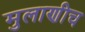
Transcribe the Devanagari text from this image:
मुलाणीच